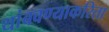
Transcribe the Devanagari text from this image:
थांबवण्याकरिता